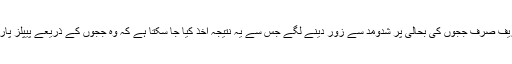
تاہم جنرل مشرف کے جانے کے بعد نواز شریف صرف ججوں کی بحالی پر شدومد سے زور دینے لگے جس سے یہ نتیجہ اخذ کیا جا سکتا ہے کہ وہ ججوں کے ذریعے پیپلز پارٹی حکومت کو غیر مستحکم کرنا چاہتے ہیں۔